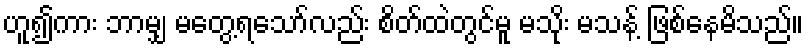
ဟူ၍ကား ဘာမျှ မတွေ့ရသော်လည်း စိတ်ထဲတွင်မူ မသိုး မသန့် ဖြစ်နေမိသည်။